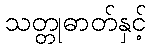
သတ္တုဓာတ်နှင့်